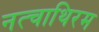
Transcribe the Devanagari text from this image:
नत्चाथिरम